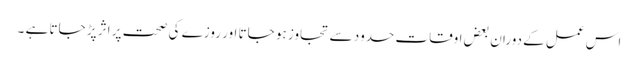
اس عمل کے دوران بعض اوقات حدود سے تجاوز ہو جاتا اور روزے کی صحت پر اثر پڑ جاتا ہے ۔